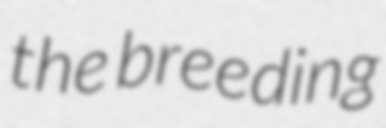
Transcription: the breeding